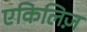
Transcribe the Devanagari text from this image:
एकिलिज़